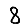
Digit: 8